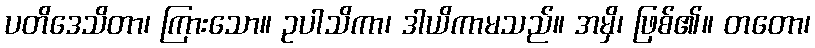
ပတိဒေသိတာ၊ ကြားသော။ ဥပါသိကာ၊ ဒါယိကာမသည်။ အမှိ၊ ဖြစ်၏။ တတော၊